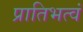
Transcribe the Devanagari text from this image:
प्रातिभत्वं